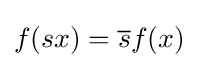
f(sx)={\overline {s}}f(x)